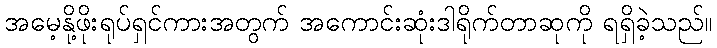
အမေ့နို့ဖိုးရုပ်ရှင်ကားအတွက် အကောင်းဆုံးဒါရိုက်တာဆုကို ရရှိခဲ့သည်။